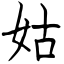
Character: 姑